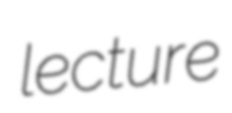
lecture